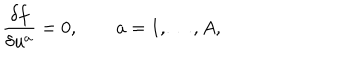
\frac { \delta f } { \delta u ^ { a } } = 0 , \qquad a = 1 , \ldots , A ,